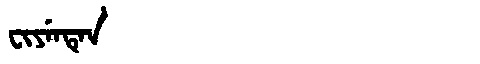
Manchu: ᠸᡳᠶᡝᠨᡨᡝᠨ
Romanization: FIYENTEN